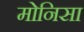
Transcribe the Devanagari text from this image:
मोनिसा